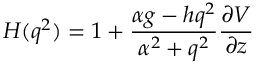
H ( q ^ { 2 } ) = 1 + \frac { \alpha g - h q ^ { 2 } } { \alpha ^ { 2 } + q ^ { 2 } } \frac { \partial V } { \partial z }